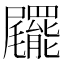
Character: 𡳹